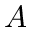
A